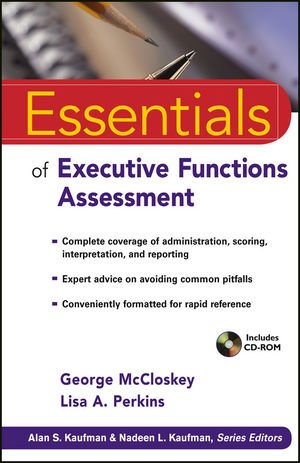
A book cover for Essentials of Executive Functions Assessment; George McCloskey; Medical Books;